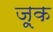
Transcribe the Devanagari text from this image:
ज़ूक